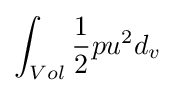
\int _{Vol}{\frac {1}{2}}pu^{2}d_{v}